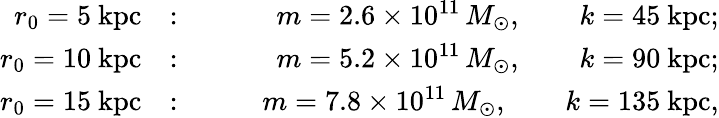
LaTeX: \begin{array}{rlr}{r_{0}=5\ \mathrm{kpc}}&{:}&{\qquad m=2.6\times 10^{11}\, M_{\odot},\qquad k=45\ \mathrm{kpc};}\\ {r_{0}=10\ \mathrm{kpc}}&{:}&{\qquad m=5.2\times 10^{11}\, M_{\odot},\qquad k=90\ \mathrm{kpc};}\\ {r_{0}=15\ \mathrm{kpc}}&{:}&{\qquad m=7.8\times 10^{11}\, M_{\odot},\qquad k=135\ \mathrm{kpc},}\end{array}